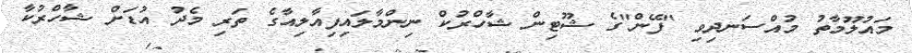
މައުލޫމާތު މުއްސަނދިވި "ފޭން"ގެ ޝޫޓިން ޝާހްރުކް ނިންމާލައިފިއާލިއާގެ ތަރި މެދު އުޑަށް ޝާހްރުކާ